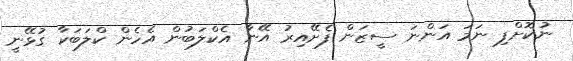
ނުކޮށްފި ނަމަ އަންނަ ސީޒަން ފެށޭއިރު އޭނާ އެކްލަބުން އެހެން ކްލަބަކާ ގުޅޭނީ